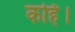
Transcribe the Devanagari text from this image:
कहि।